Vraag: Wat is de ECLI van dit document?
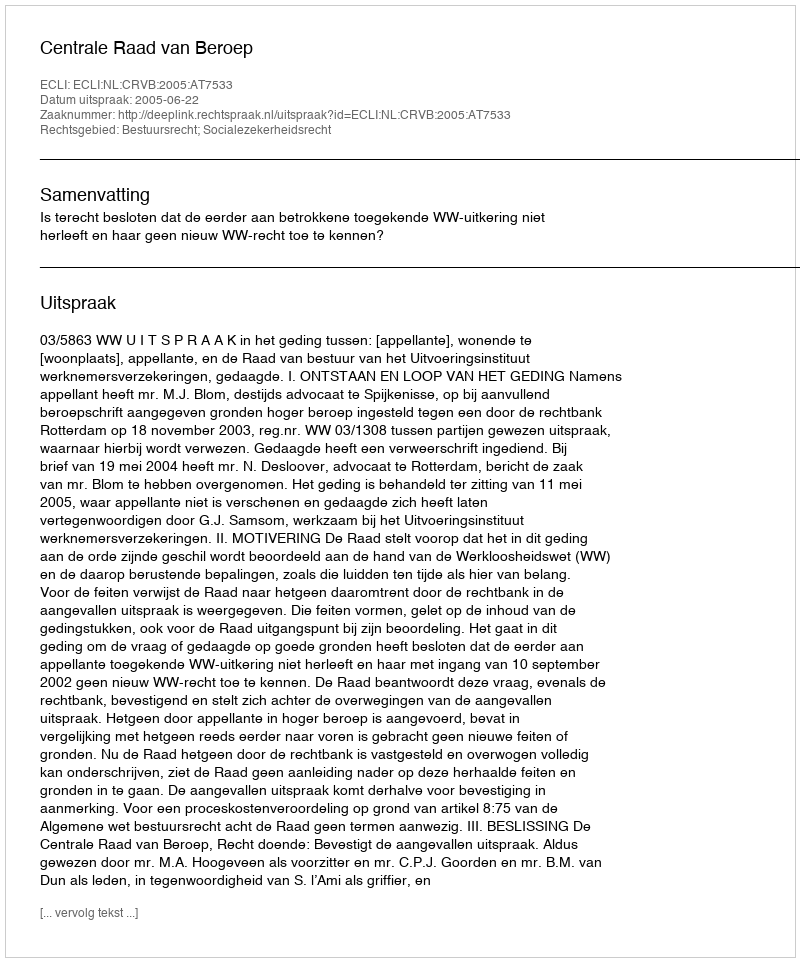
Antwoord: ECLI:NL:CRVB:2005:AT7533